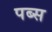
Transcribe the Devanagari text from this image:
पब्स